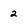
Character: 2